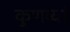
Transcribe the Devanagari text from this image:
कुणब्यां